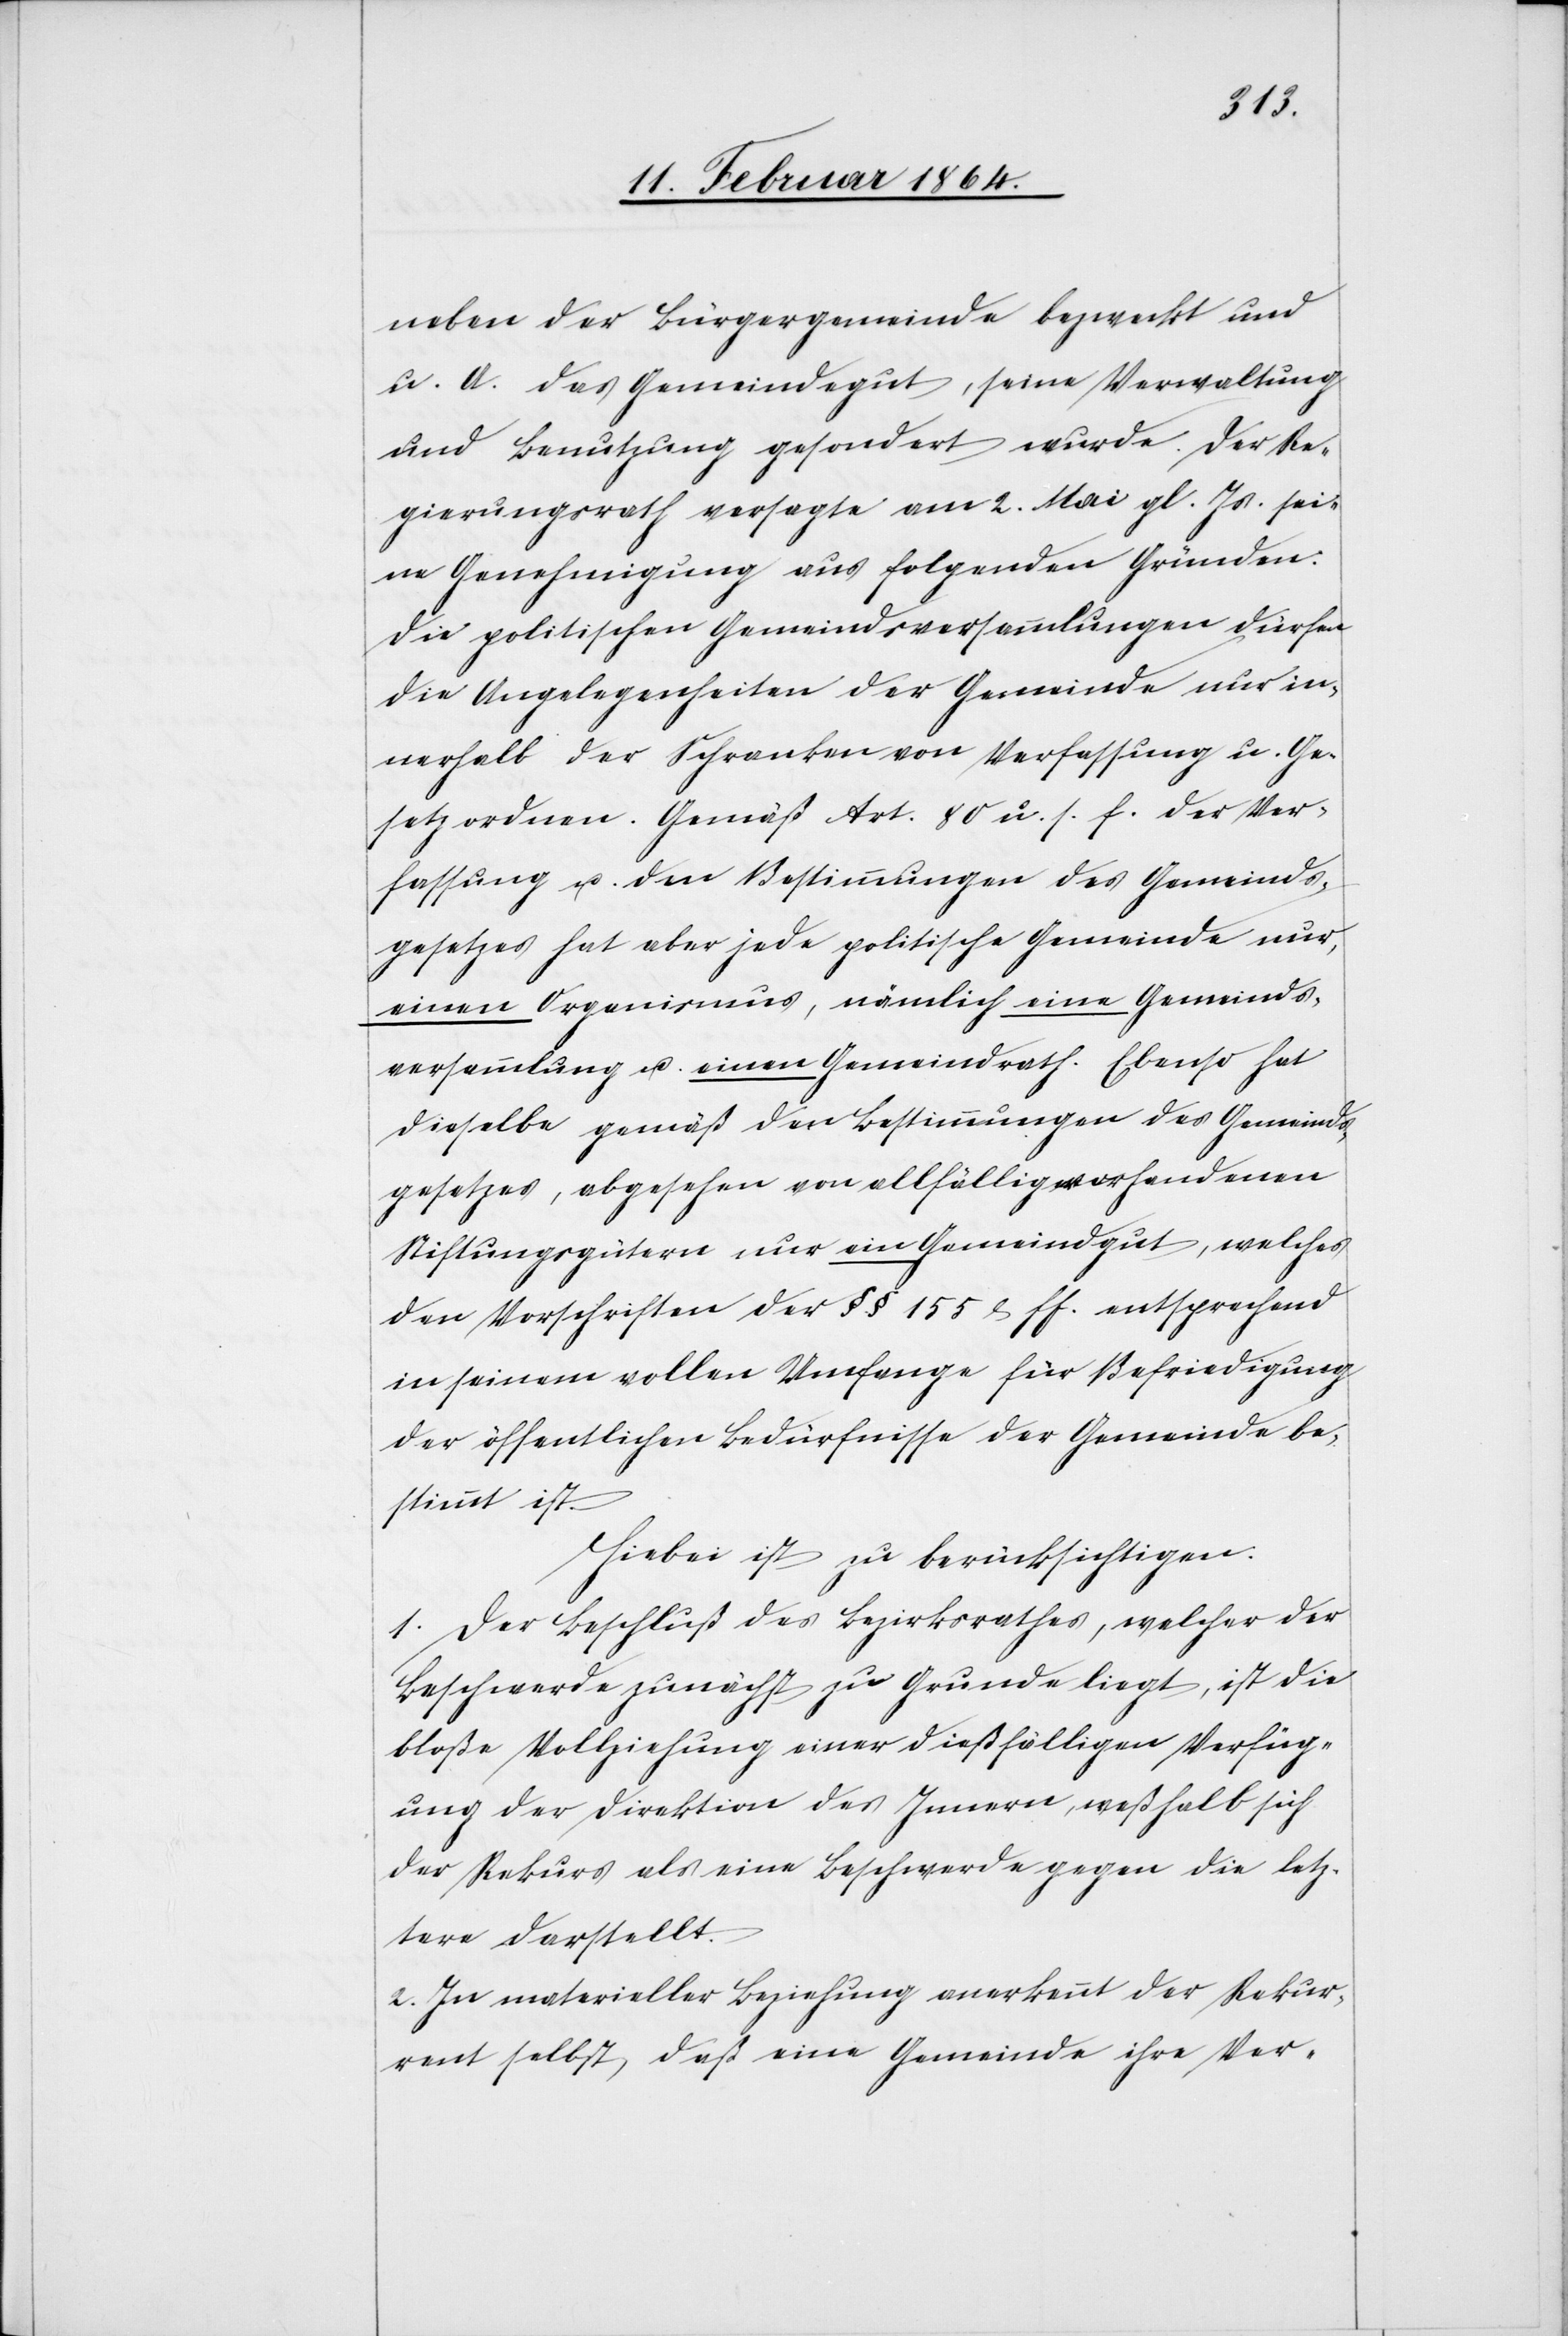
neben der Bürgergemeinde bezweckt und
u. A. das Gemeindegut, seine Verwaltung
und Benutzung gesondert wurde. Der Re¬
gierungsrath versagte am 2. Mai gl. Js. sei¬
ne Genehmigung aus folgenden Gründen.
Die politischen Gemeindsversammlungen dürfen
die Angelegenheiten der Gemeinde nur in¬
nerhalb der Schranken von Verfassung u. Ge¬
setz ordnen. Gemäß Art. 80 u. s. f. der Ver¬
fassung u. den Bestimmungen des Gemeinds¬
gesetzes hat aber jede politische Gemeinde nur,
einen Organismus, nämlich eine Gemeinds¬
versammlung u. einen Gemeindrath. Ebenso hat
dieselbe gemäß den Bestimmungen des Gemeinds¬
gesetzes, abgesehen von allfällig vorhandenen
Stiftungsgütern nur ein Gemeindgut, welches
den Vorschriften der §§ 155 & ff. entsprechen
in seinem vollen Umfange für Befriedigung
der öffentlichen Bedürfnisse der Gemeinde be¬
stimmt ist.
Hiebei ist zu berücksichtigen.
1. Der Beschluß des Bezirksrathes, welcher der
Beschwerde zunächst zu Grunde liegt, ist die
bloße Vollziehung einer dießfälligen Verfüg¬
ung der Direktion des Innern, weßhalb sich
der Rekurs als eine Beschwerde gegen die letz¬
tere darstellt.
2. In materieller Beziehung anerkennt der Rekur¬
rent selbst, daß eine Gemeinde ihre Ver-